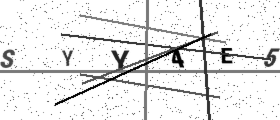
Text: SYY4E5